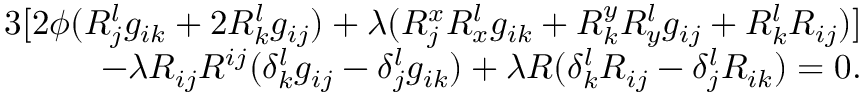
\begin{array} { r } { 3 [ 2 \phi ( R _ { j } ^ { l } g _ { i k } + 2 R _ { k } ^ { l } g _ { i j } ) + \lambda ( R _ { j } ^ { x } R _ { x } ^ { l } g _ { i k } + R _ { k } ^ { y } R _ { y } ^ { l } g _ { i j } + R _ { k } ^ { l } R _ { i j } ) ] } \\ { - \lambda R _ { i j } R ^ { i j } ( \delta _ { k } ^ { l } g _ { i j } - \delta _ { j } ^ { l } g _ { i k } ) + \lambda R ( \delta _ { k } ^ { l } R _ { i j } - \delta _ { j } ^ { l } R _ { i k } ) = 0 . } \end{array}